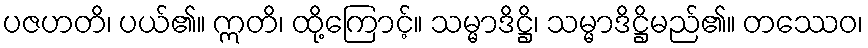
ပဇဟတိ၊ ပယ်၏။ ဣတိ၊ ထို့ကြောင့်။ သမ္မာဒိဋ္ဌိ၊ သမ္မာဒိဋ္ဌိမည်၏။ တဿေဝ၊